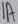
Text: 1A